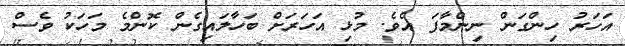
އަހަރު ހިންގަން ނިންމާފަ އެވެ. މުޅި އަހަރަށް ބަހާލައިގެން ކޮންމެ މަހަކު ވެސް